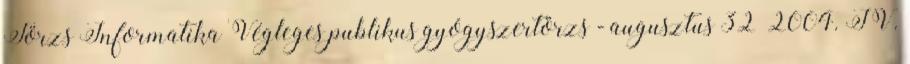
Törzs Informatika Végleges publikus gyógyszertörzs - augusztus 32 2004. IV.